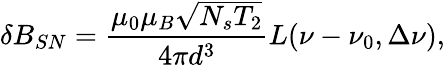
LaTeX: \delta B_{SN}=\frac{\mu_{0}\mu_{B}\sqrt{N_{s}T_{2}}}{4\pi d^{3}}L(\nu-\nu_{0},\Delta\nu),